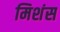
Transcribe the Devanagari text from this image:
मिशंस